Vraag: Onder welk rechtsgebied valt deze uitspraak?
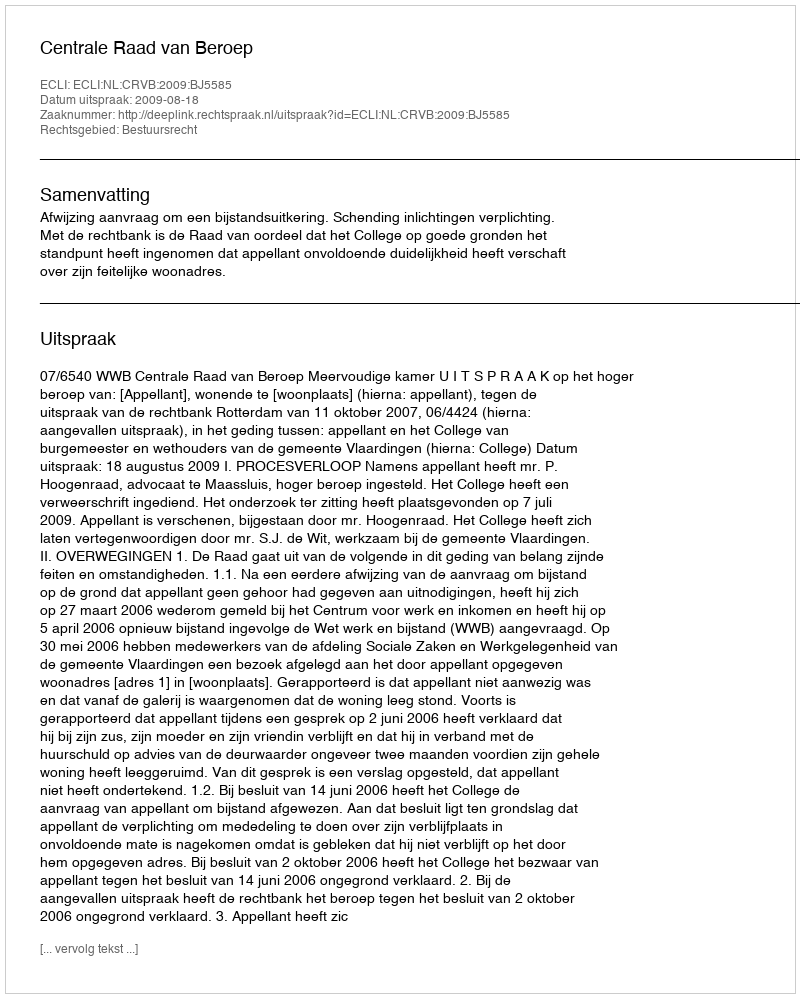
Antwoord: Bestuursrecht